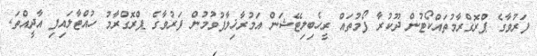
ފަރުވާގެ ޕްރޮގްރާމުތައްކޯޓުން ދޫކުރާ ފޯމުތައް ރީހެބިލިޓޭޝަން އަމުރާޚިލާފުވުމުން ފަރުވާގެ ޕްރޮގްރާމު ހުއްޓާލައިފި އާދީއްތަ